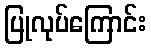
ပြုလုပ်ကြောင်း